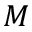
M